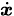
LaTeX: \scriptstyle{\dot{\boldsymbol{x}}}